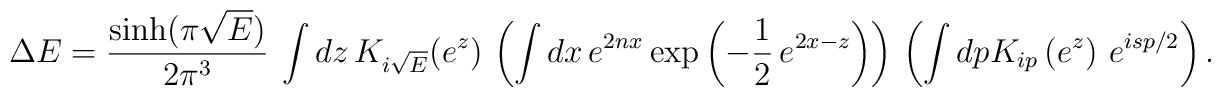
\Delta E=\frac{\sinh (\pi \sqrt{E})}{2\pi ^{3}}~\int dz\,K_{i\sqrt{E} }(e^{z})\,\left( \int dx\,  e^{2nx}   \exp \left( -\frac{1}{2}\,e^{2x-z}\right) \right) \,\left( \int dpK_{ip}\left( e^{z}\right)\,   e^{isp/2} \right) .